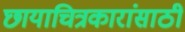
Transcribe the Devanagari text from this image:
छायाचित्रकारांसाठी